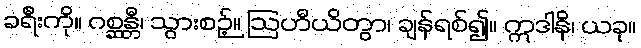
ခရီးကို။ ဂစ္ဆန္တီ၊ သွားစဉ့်။ ဩဟီယိတွာ၊ ချန်ရစ်၍။ ဣဒါနိ၊ ယခု။